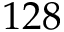
1 2 8